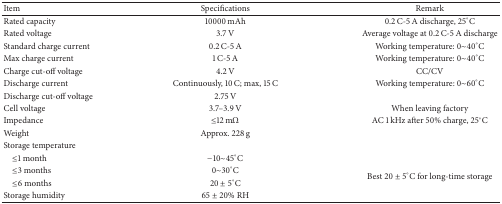
<table><thead><tr><td><b>Item</b></td><td><b>Specifications</b></td><td><b>Remark</b></td></tr></thead><tbody><tr><td>Rated capacity</td><td>10000 mAh</td><td>0.2 C-5 A discharge, 25°C</td></tr><tr><td>Rated voltage</td><td>3.7 V</td><td>Average voltage at 0.2 C-5 A discharge</td></tr><tr><td>Standard charge current</td><td>0.2 C-5 A</td><td>Working temperature: 0~40°C</td></tr><tr><td>Max charge current</td><td>1 C-5 A</td><td>Working temperature: 0~40°C</td></tr><tr><td>Charge cut-off voltage</td><td>4.2 V</td><td>CC/CV</td></tr><tr><td>Discharge current</td><td>Continuously, 10 C; max, 15 C</td><td>Working temperature: 0~60°C</td></tr><tr><td>Discharge cut-off voltage</td><td>2.75 V</td><td> </td></tr><tr><td>Cell voltage</td><td>3.7–3.9 V</td><td>When leaving factory</td></tr><tr><td>Impedance</td><td>≤12 mΩ</td><td>AC 1 kHz after 50% charge, 25°C</td></tr><tr><td>Weight</td><td>Approx. 228 g</td><td> </td></tr><tr><td>Storage temperature</td><td> </td><td> </td></tr><tr><td> ≤1 month</td><td>−10~45°C</td><td rowspan="4">Best 20 ± 5°C for long-time storage</td></tr><tr><td> ≤3 months</td><td>0~30°C</td></tr><tr><td> ≤6 months</td><td>20 ± 5°C</td></tr><tr><td>Storage humidity</td><td>65 ± 20% RH</td></tr></tbody></table>